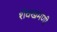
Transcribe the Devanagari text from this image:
शेवखमणी